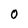
Character: 0